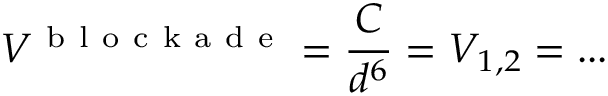
V ^ { \mathrm { ~ b ~ l ~ o ~ c ~ k ~ a ~ d ~ e ~ } } = \frac { C } { d ^ { 6 } } = V _ { 1 , 2 } = . . .